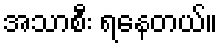
အသာစီး ရနေတယ်။